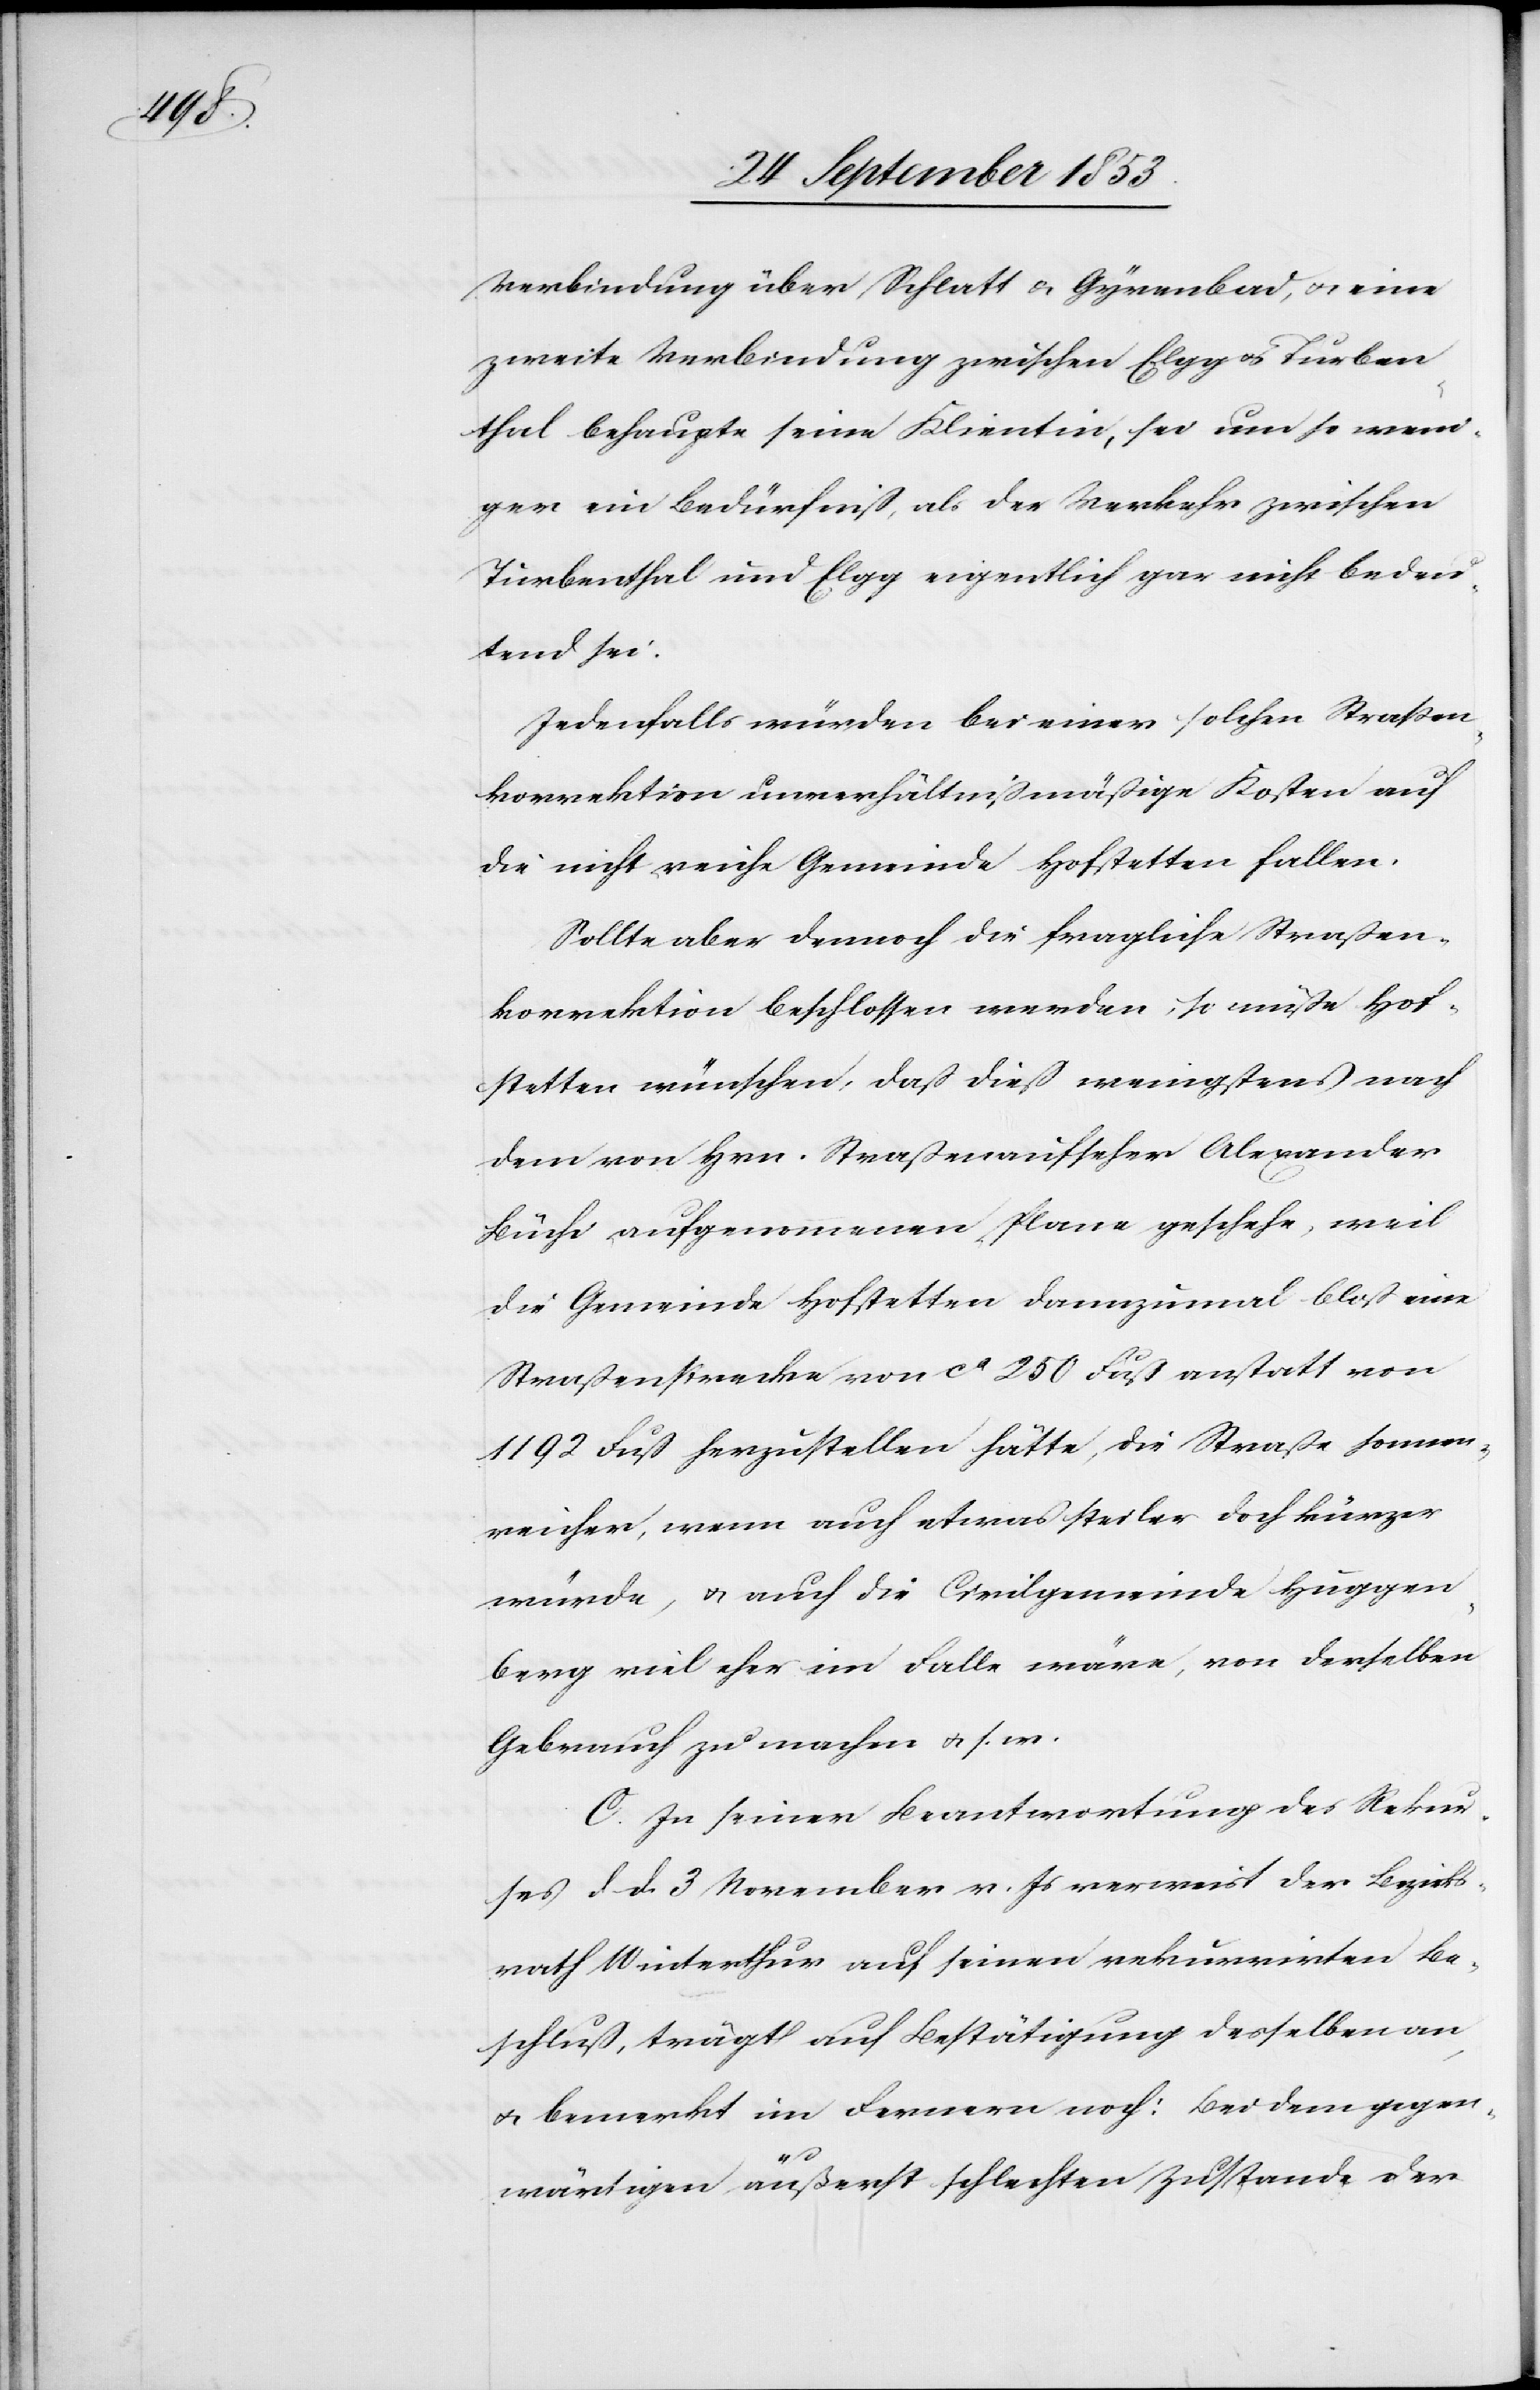
Verbindung über Schlatt u. Gyrenbad, u. eine
zweite Verbindung zwischen Elgg u. Turben¬
thal behaupte seine Klientin, sei um so weni¬
ger ein Bedürfniß, als der Verkehr zwischen
Tubenthal und Elgg eigentlich gar nicht bedeu¬
tend sei.
Jedenfalls würden bei einer solchen Straßen¬
korrektion unverhältnißmäßige Kosten auf
die nicht reiche Gemeinde Hofstetten fallen.
Sollte aber dennoch die fragliche Straßen¬
korrektion beschlossen werden, so müße Hof¬
stetten wünschen, daß dieß wenigstens nach
dem von Hrn. Straßenaufseher Alexander
Büchi aufgenommenen Plane geschehe, weil
die Gemeinde Hofstetten dannzumal bloß eine
Straßenstrecke von ca 250 Fuß anstatt von
1192 Fuß herzustellen hätte, die Straße sonnen¬
reicher, wenn auch etwas steiler doch kürzer
würde, u. auch die Civilgemeinde Huggen¬
berg viel eher im Falle wäre, von derselben
Gebrauch zu machen u. s. w.
C. In seiner Beantwortung des Rekur¬
ses d. d. 3 November v. Js. verweist der Bezirks¬
rath Winterthur auf seinen rekurrirten Be¬
schluß, trägt auf Bestätigung desselben an,
u. bemerkt im Fernern noch: bei dem gegen¬
wärtigen äußerst schlechten Zustande der